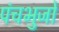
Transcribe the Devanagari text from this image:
पंचभुजों